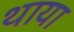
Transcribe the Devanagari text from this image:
थाया